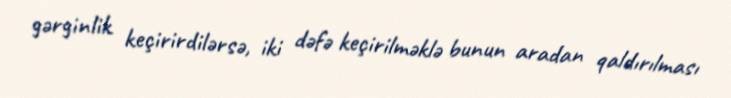
gərginlik keçirirdilərsə, iki dəfə keçirilməklə bunun aradan qaldırılması